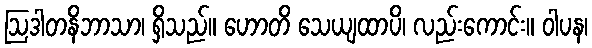
ဩဒါတနိဘာသာ၊ ရှိသည်။ ဟောတိ သေယျထာပိ၊ လည်းကောင်း။ ဝါပန၊